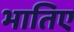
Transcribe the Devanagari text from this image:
भातिए